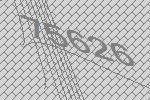
75626